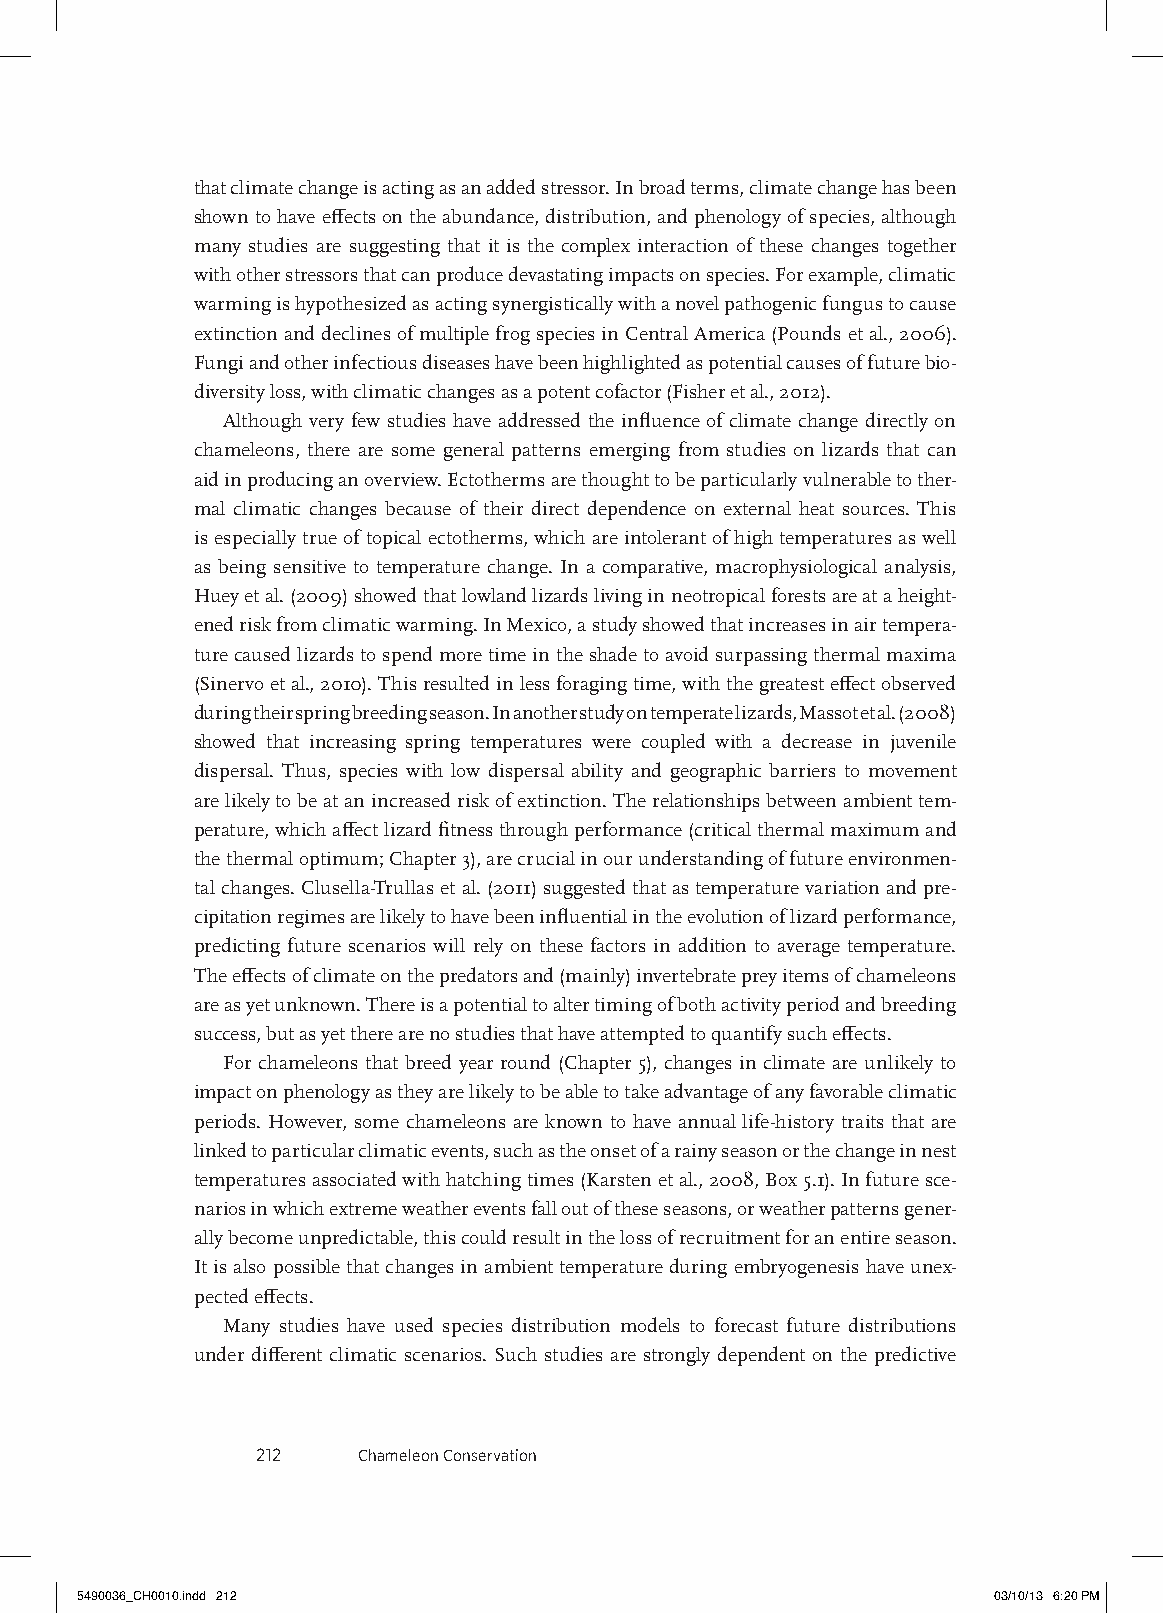
that climate change is acting as an added stressor. In broad terms, climate change has been
 shown to have effects on the abundance, distribution, and phenology of species, although
 many studies are suggesting that it is the complex interaction of these changes together
 with other stressors that can produce devastating impacts on species. For example, climatic
 warming is hypothesized as acting synergistically with a novel pathogenic fungus to cause
 extinction and declines of multiple frog species in Central America (Pounds et al., 2006).
 Fungi and other infectious diseases have been highlighted as potential causes of future bio-
 diversity loss, with climatic changes as a potent cofactor (Fisher et al., 2012).
 Although very few studies have addressed the influence of climate change directly on
 chameleons, there are some general patterns emerging from studies on lizards that can
 aid in producing an overview. Ectotherms are thought to be particularly vulnerable to ther-
 mal climatic changes because of their direct dependence on external heat sources. This
 is especially true of topical ectotherms, which are intolerant of high temperatures as well
 as being sensitive to temperature change. In a comparative, macrophysiological analysis,
 Huey et al. (2009) showed that lowland lizards living in neotropical forests are at a height-
 ened risk from climatic warming. In Mexico, a study showed that increases in air tempera-
 ture caused lizards to spend more time in the shade to avoid surpassing thermal maxima
 (Sinervo et al., 2010). This resulted in less foraging time, with the greatest effect observed
 during their spring breeding season. In another study on temperate lizards, Massot et al. (2008)
 showed that increasing spring temperatures were coupled with a decrease in juvenile
 dispersal. Thus, species with low dispersal ability and geographic barriers to movement
 are likely to be at an increased risk of extinction. The relationships between ambient tem-
 perature, which affect lizard fitness through performance (critical thermal maximum and
 the thermal optimum; Chapter 3), are crucial in our understanding of future environmen-
 tal changes. Clusella-Trullas et al. (2011) suggested that as temperature variation and pre-
 cipitation regimes are likely to have been influential in the evolution of lizard performance,
 predicting future scenarios will rely on these factors in addition to average temperature.
 The effects of climate on the predators and (mainly) invertebrate prey items of chameleons
 are as yet unknown. There is a potential to alter timing of both activity period and breeding
 success, but as yet there are no studies that have attempted to quantify such effects.
 For chameleons that breed year round (Chapter 5), changes in climate are unlikely to
 impact on phenology as they are likely to be able to take advantage of any favorable climatic
 periods. However, some chameleons are known to have annual life-history traits that are
 linked to particular climatic events, such as the onset of a rainy season or the change in nest
 temperatures associated with hatching times (Karsten et al., 2008, Box 5.1). In future sce-
 narios in which extreme weather events fall out of these seasons, or weather patterns gener-
 ally become unpredictable, this could result in the loss of recruitment for an entire season.
 It is also possible that changes in ambient temperature during embryogenesis have unex-
 pected effects.
 Many studies have used species distribution models to forecast future distributions
 under different climatic scenarios. Such studies are strongly dependent on the predictive
 212    Chameleon Conservation
 5490036_CH0010.indd 212                                      03/10/13 6:20 PM